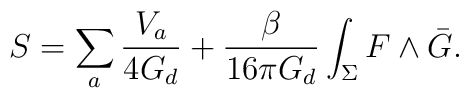
S =  \sum_{a} \frac{V_{a}}{4 G_{d}} + \frac{\beta}{16 \pi G_{d}}\int_{\Sigma} F \wedge \bar{G}.